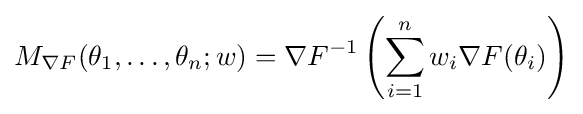
M_{\nabla F}(\theta _{1},\ldots ,\theta _{n};w)={\nabla F}^{-1}\left(\sum _{i=1}^{n}w_{i}\nabla F(\theta _{i})\right)